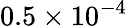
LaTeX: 0.5\times 10^{-4}